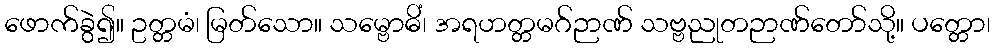
ဖောက်ခွဲ၍။ ဥတ္တမံ၊ မြတ်သော။ သမ္ဗောဓိံ၊ အရဟတ္တမဂ်ဉာဏ် သဗ္ဗညုတဉာဏ်တော်သို့။ ပတ္တော၊